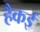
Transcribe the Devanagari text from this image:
हैकई